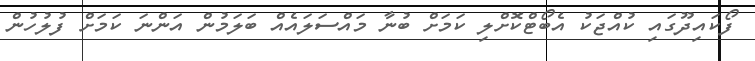
ފޯކައިދޫގައި ކުއްޖަކު އެބޯޓްކޮށްލި ކަމަށް ބުނާ މައްސަލައެއް ބަލަމުން އަންނަ ކަމަށް ފުލުހުން